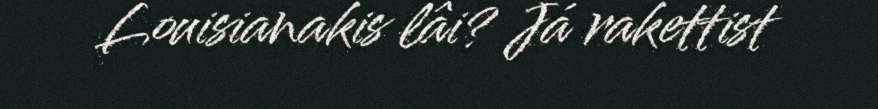
Louisianakis lâi? Já rakettist